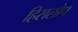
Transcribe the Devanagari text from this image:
हिसलोप